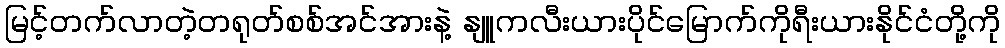
မြင့်တက်လာတဲ့တရုတ်စစ်အင်အားနဲ့ နျူကလီးယားပိုင်မြောက်ကိုရီးယားနိုင်ငံတို့ကို